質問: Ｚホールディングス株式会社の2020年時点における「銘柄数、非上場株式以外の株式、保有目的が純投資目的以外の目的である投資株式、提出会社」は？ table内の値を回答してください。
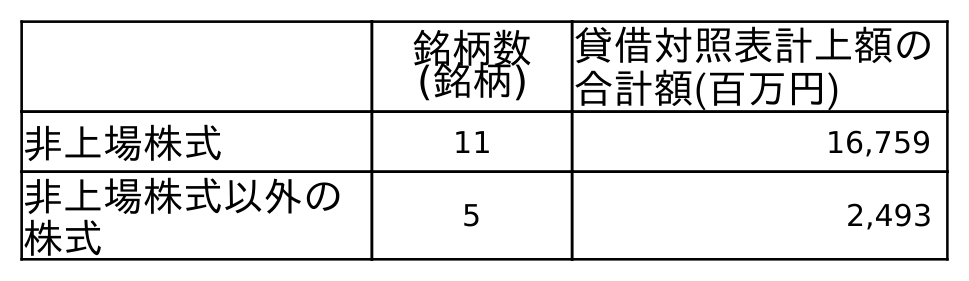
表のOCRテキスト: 銘柄数 (銘柄) 貸借対照表計上額の 合計額(百万円) 非上場株式 11 16,759 非上場株式以外の 株式 5 2,493
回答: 5